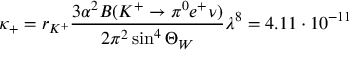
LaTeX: \kappa _ { + } = r _ { K ^ { + } } \frac { 3 \alpha ^ { 2 } B ( K ^ { + } \to \pi ^ { 0 } e ^ { + } \nu ) } { 2 \pi ^ { 2 } \sin ^ { 4 } \Theta _ { W } } \lambda ^ { 8 } = 4 . 1 1 \cdot 1 0 ^ { - 1 1 }